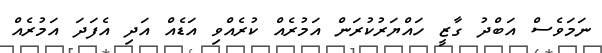
ނަމަވެސް އަބްދު ގާޒީ ހައްޔަރުކުރަން އަމުރެއް ކުރެއްވި އަޑެއް އަދި އެފަދަ އަމުރެއް